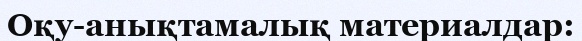
Оқу-анықтамалық материалдар: